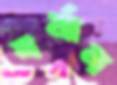
বর্মান